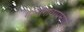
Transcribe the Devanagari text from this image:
गावागावाप्रमाणे